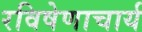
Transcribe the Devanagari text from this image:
रविषेणाचार्य